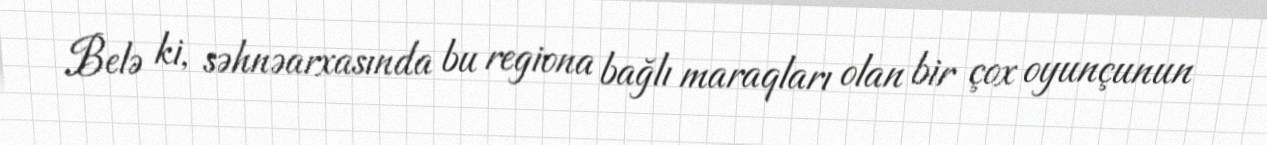
Belə ki, səhnəarxasında bu regiona bağlı maraqları olan bir çox oyunçunun